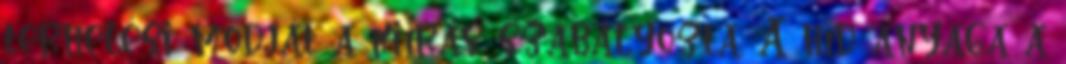
terhelési módját a kiírás szabályozta. A híd anyaga a